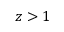
z > 1